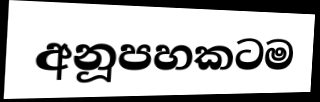
අනූපහකටම